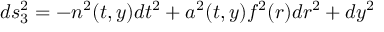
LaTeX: d s _ { 3 } ^ { 2 } = - n ^ { 2 } ( t , y ) d t ^ { 2 } + a ^ { 2 } ( t , y ) f ^ { 2 } ( r ) d r ^ { 2 } + d y ^ { 2 }